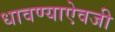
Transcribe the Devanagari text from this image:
धावण्याऐवजी